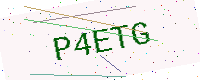
Text: P4ETG